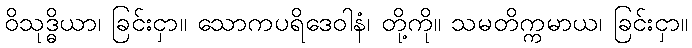
ဝိသုဒ္ဓိယာ၊ ခြင်းငှာ။ သောကပရိဒေဝါနံ၊ တို့ကို။ သမတိက္ကမာယ၊ ခြင်းငှာ။